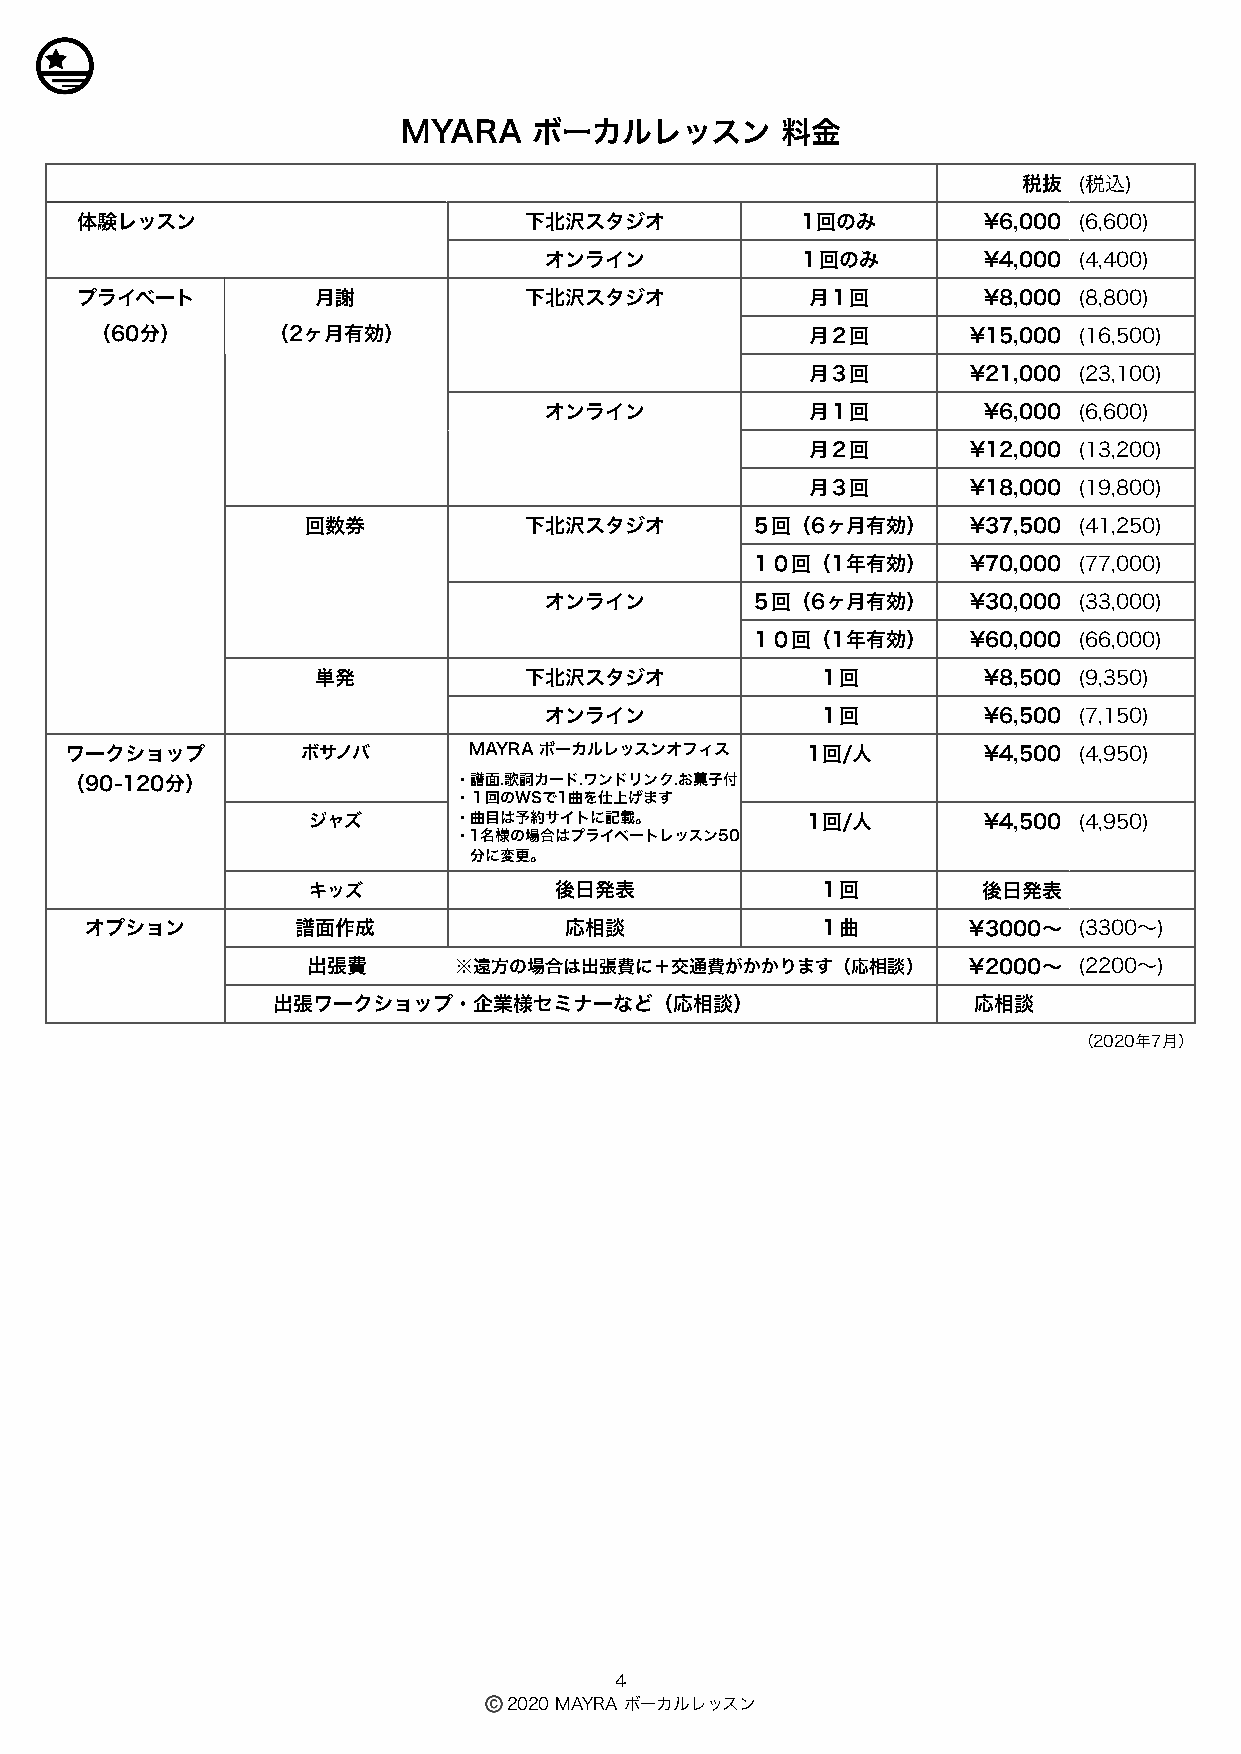
MYARA   ボーカルレッスン         料金
 税抜 (税込)
 体験レッスン                        下北沢スタジオ           1回のみ        ¥6,000 (6,600)
 オンライン            １回のみ        ¥4,000 (4,400)
 プライベート          月謝            下北沢スタジオ            月１回        ¥8,000 (8,800)
 （60分）       （2ヶ月有効）                             月２回       ¥15,000 (16,500)
 月３回       ¥21,000 (23,100)
 オンライン             月１回        ¥6,000 (6,600)
 月２回       ¥12,000 (13,200)
 月３回       ¥18,000 (19,800)
 回数券            下北沢スタジオ        ５回（6ヶ月有効）     ¥37,500 (41,250)
 １０回（1年有効）     ¥70,000 (77,000)
 オンライン         ５回（6ヶ月有効）     ¥30,000 (33,000)
 １０回（1年有効）     ¥60,000 (66,000)
 単発            下北沢スタジオ            １回         ¥8,500 (9,350)
 オンライン             １回         ¥6,500 (7,150)
 ワークショップ         ボサノバ      カMーAドY.ワRAン ドボリーンカクル.おレ菓ッ子ス付ン１オ回フのィでス1 1回/人 ¥4,500 (4,950)
 曲を仕上げます。
 （90-120分）                 ・譜面.歌詞カード.ワンドリンク.お菓子付
 ・１回のWSで1曲を仕上げます
 ジャズ       ・曲曲目目はは予予約約ササイイトトにに記記載載。。 1回/人     ¥4,500 (4,950)
 ・※11名名様様のの場場合合ははププラライイベベーートトレレッッススンン50
 50分分にに変変更更。。
 キッズ              後日発表             １回         後日発表
 オプション         譜面作成             応相談              １曲        ¥3000〜 (3300〜)
 出張費       ※遠方の場合は出張費に＋交通費がかかります（応相談）        ¥2000〜 (2200〜)
 出張ワークショップ・企業様セミナーなど（応相談）                      応相談
 （2020年7月）
 4
 ©2020 MAYRA ボーカルレッスン
 1